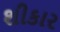
શીકાર